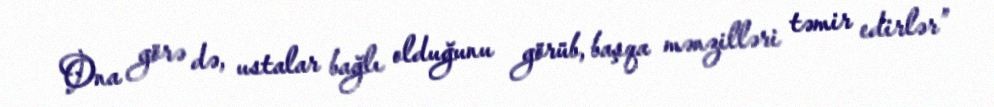
Ona görə də, ustalar bağlı olduğunu görüb, başqa mənzilləri təmir edirlər”